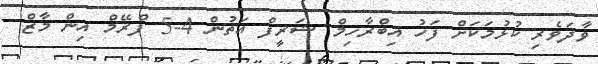
ވާދަވެރި ކުޅުމަކަށް ފަހު އިބްރާހިމް ޝަރީފް އަތުން 4-5 ފްރޭމް އިން މާޒް